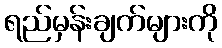
ရည်မှန်းချက်များကို